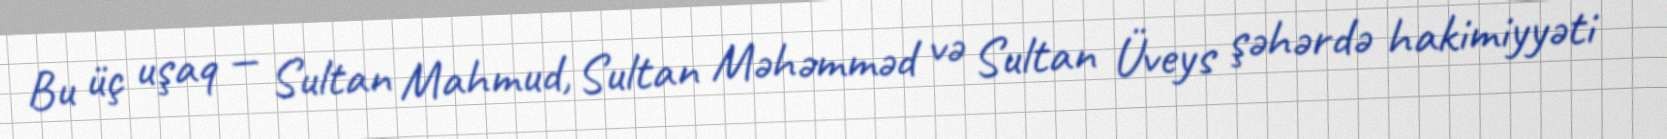
Bu üç uşaq — Sultan Mahmud, Sultan Məhəmməd və Sultan Üveys şəhərdə hakimiyyəti